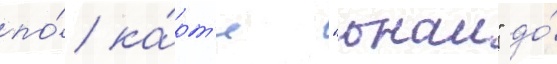
по́ ка́рт'е "онаи" до́